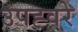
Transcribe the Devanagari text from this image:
उपह्वरे